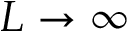
L \rightarrow \infty